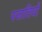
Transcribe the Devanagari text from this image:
पजातियों